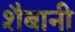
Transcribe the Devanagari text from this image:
शैबानी